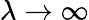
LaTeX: \lambda\rightarrow\infty